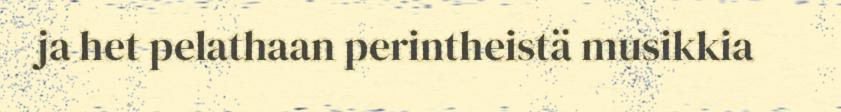
ja het pelathaan perintheistä musikkia